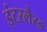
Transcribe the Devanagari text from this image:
इंटरलैस्ड